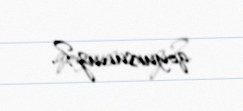
qoyursunuz?.